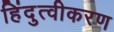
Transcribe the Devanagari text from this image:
हिंदुत्वीकरण